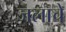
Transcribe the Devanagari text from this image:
जलाचे